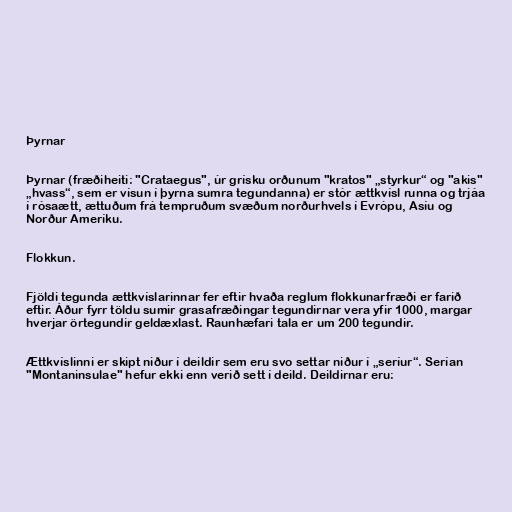
Þyrnar

Þyrnar (fræðiheiti: "Crataegus", úr grísku orðunum "kratos" „styrkur“ og "akis"
„hvass“, sem er vísun í þyrna sumra tegundanna) er stór ættkvísl runna og trjáa
í rósaætt, ættuðum frá tempruðum svæðum norðurhvels í Evrópu, Asíu og
Norður Ameríku.

Flokkun.

Fjöldi tegunda ættkvíslarinnar fer eftir hvaða reglum flokkunarfræði er farið
eftir. Áður fyrr töldu sumir grasafræðingar tegundirnar vera yfir 1000, margar
hverjar örtegundir geldæxlast. Raunhæfari tala er um 200 tegundir.

Ættkvíslinni er skipt niður í deildir sem eru svo settar niður í „seríur“. Serían
"Montaninsulae" hefur ekki enn verið sett í deild. Deildirnar eru: